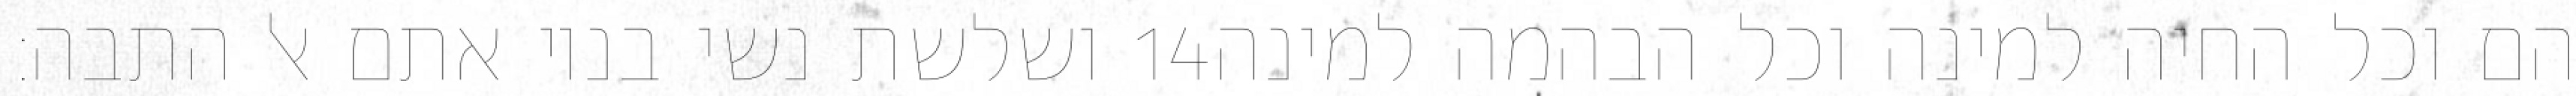
ושלשת נשי בניו אתם אל התבה׃ ‎14‏ הם וכל החיה למינה וכל הבהמה למינה